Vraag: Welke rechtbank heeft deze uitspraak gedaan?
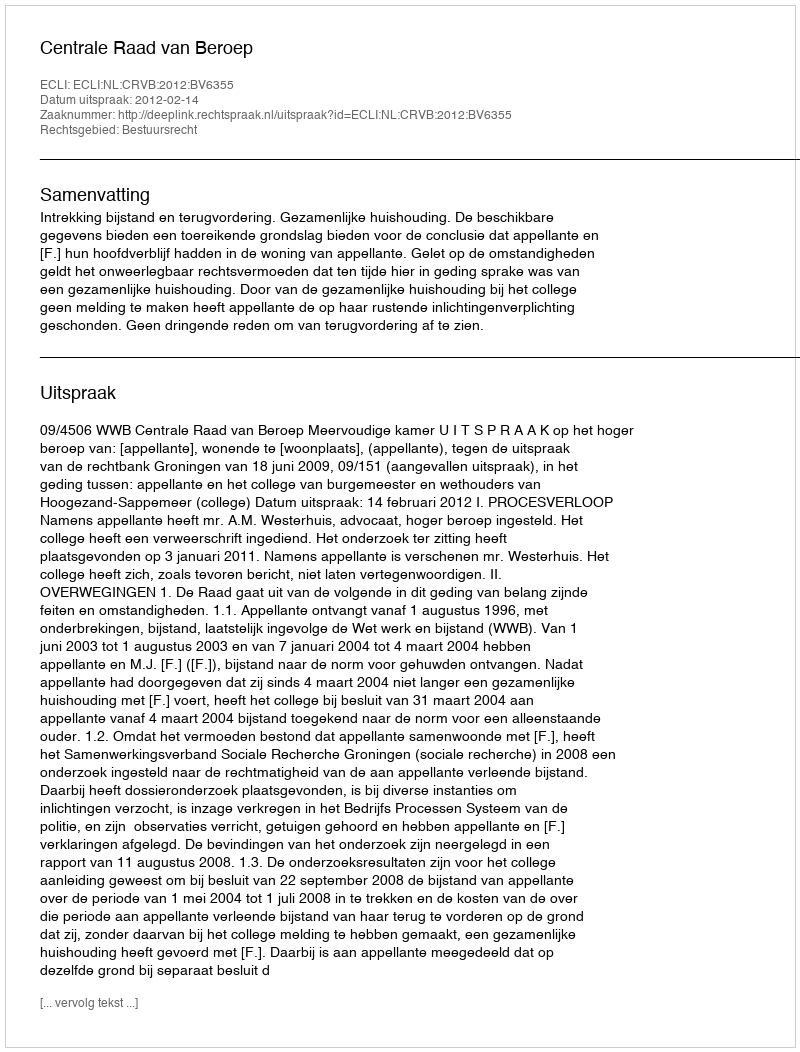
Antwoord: Centrale Raad van Beroep